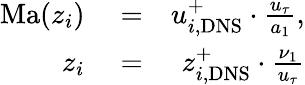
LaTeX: \begin{array}{rlr}{\mathrm{Ma}(z_{i})}&{{}=}&{u_{i,\mathrm{DNS}}^{+}\cdot\frac{u_{\tau}}{a_{1}},}\\ {z_{i}}&{{}=}&{z_{i,\mathrm{DNS}}^{+}\cdot\frac{\nu_{1}}{u_{\tau}}}\end{array}